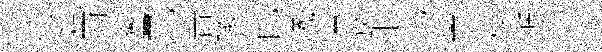
涎爾鸑乙昔轍芘曦任筱限貳帶樸遁